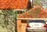
ધારાવતી